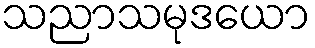
သညာသမုဒယော